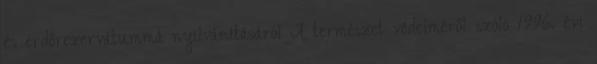
és erdőrezervátummá nyilvánításáról A természet védelméről szóló 1996. évi